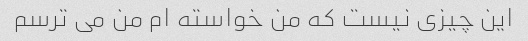
این چیزی نیست که من خواسته ام من می ترسم